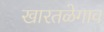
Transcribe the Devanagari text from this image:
खारतळेगाव